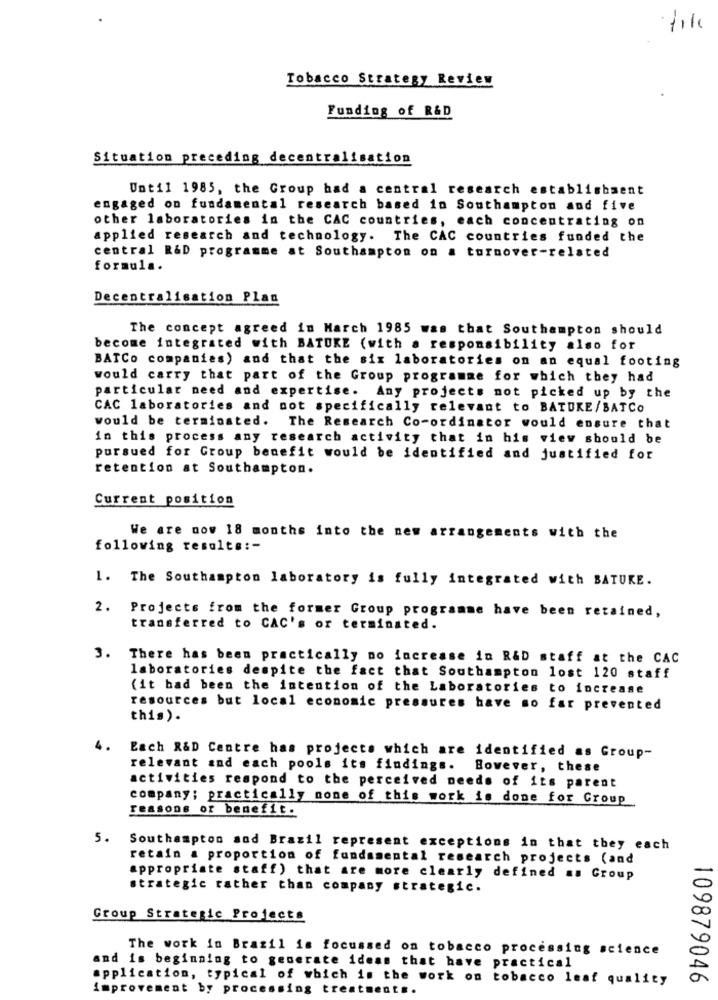
file
Tobacco Strategy Review
Funding of R&D
Situation preceding decentralisation
Until 1985, the Group had a central research establishment
engaged on fundamental research based in Southampton and five
other laboratories in the CAC countries, each concentrating on
applied research and technology. The CAC countries funded the
central R&D programme at Southampton on a turnover-related
formula.
Decentralisation Plan
The concept agreed in March 1985 was that Southampton should
become integrated with BATORE (with
a responsibility also for
BATCo companies) and that the six laboratories on an equal footing
would carry that part of the Group programme for which they had
particular need and expertise.
Any projects not picked up by the
CAC laboratories and not specifically relevant to BATUKE/BATCO
would be terminated. The Research Co-ordinator would ensure that
in this process any research activity that in his view should be
pursued for Group benefit would be identified and justified for
retention at Southampton.
Current position
We are now 18 months into the new arrangements with the
following results :-
1. The Southampton laboratory is fully integrated with BATURE.
2. Projects from the former Group programme have been retained,
transferred to CAC's or terminated.
3. There has been practically no increase in R&D staff at the CAC
laboratories despite the fact that Southampton lost 120 staff
(it had been the intention of the Laboratories to increase
resources but local economic pressures have so far prevented
this).
4.
Each R&D Centre has projects which are identified as Group-
relevant and each pools its findings.
However, these
activities respond to the perceived needs of its parent
company; practically none of this work is done for Group
reasons or benefit.
5.
Southampton and Brazil represent exceptions in that they each
retain & proportion of fundamental research projects (and
appropriate staff) that are more clearly defined as Group
strategic rather than company strategic.
Group Strategic Projects
The work in Brazil is focussed on tobacco processing science
and is beginning to generate ideas that have practical
application, typical of which is the work on tobacco leaf quality
109879046
improvement by processing treatment ..